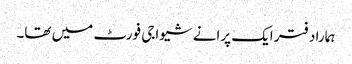
ہمارا دفتر ایک پرانے شیواجی فورٹ میں تھا۔